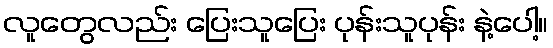
လူတွေလည်း ပြေးသူပြေး ပုန်းသူပုန်း နဲ့ပေါ့။